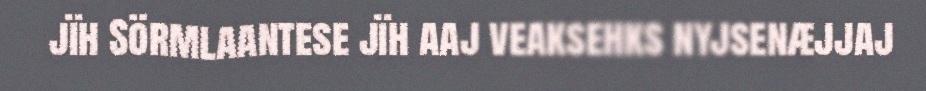
jïh Sörmlaantese jïh aaj veaksehks nyjsenæjjaj